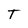
Character: T